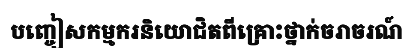
បញ្ចៀសកម្មករនិយោជិតពីគ្រោះថ្នាក់ចរាចរណ៍